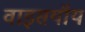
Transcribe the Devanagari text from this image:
वाइसयॉय